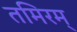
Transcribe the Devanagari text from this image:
तमिरम्